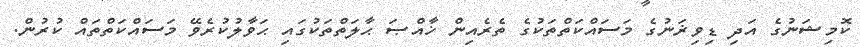
ކޮމިޝަނުގެ އަދި ޑިވިޜަނުގެ މަސައްކަތްތަކުގެ ތެރެއިން ޚާއްޞަ ޙާލަތްތަކުގައި ޙަވާލުކުރެވޭ މަސައްކަތްތައް ކުރުން.